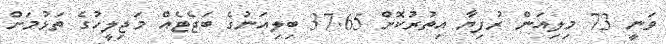
ވަނީ 73 މިލިއަން ރުފިޔާ އިތުރުކޮށް 37.65 ބިލިއަނުގެ ބަޖެޓެއް މަޖިލީހުގެ ތަޅުމަށް